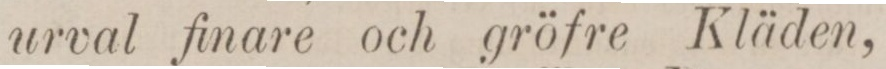
urval finare och gröfre Kläden,